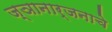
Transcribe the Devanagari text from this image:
ज्ञानार्जनाचे